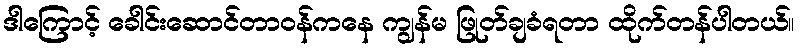
ဒါကြောင့် ခေါင်းဆောင်တာဝန်ကနေ ကျွန်မ ဖြုတ်ချခံရတာ ထိုက်တန်ပါတယ်။